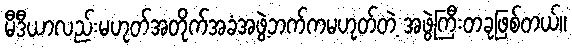
မီဒီယာလည်းမဟုတ်အတိုက်အခံအဖွဲ့ဘက်ကမဟုတ်တဲ့ အဖွဲ့ကြီးတခုဖြစ်တယ်။